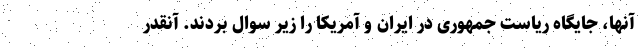
آنها، جایگاه ریاست جمهوری در ایران و آمریکا را زیر سوال بردند. آنقدر